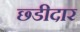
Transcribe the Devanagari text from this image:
छ्डीदार